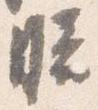
膳